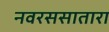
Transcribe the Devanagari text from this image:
नवरससातारा